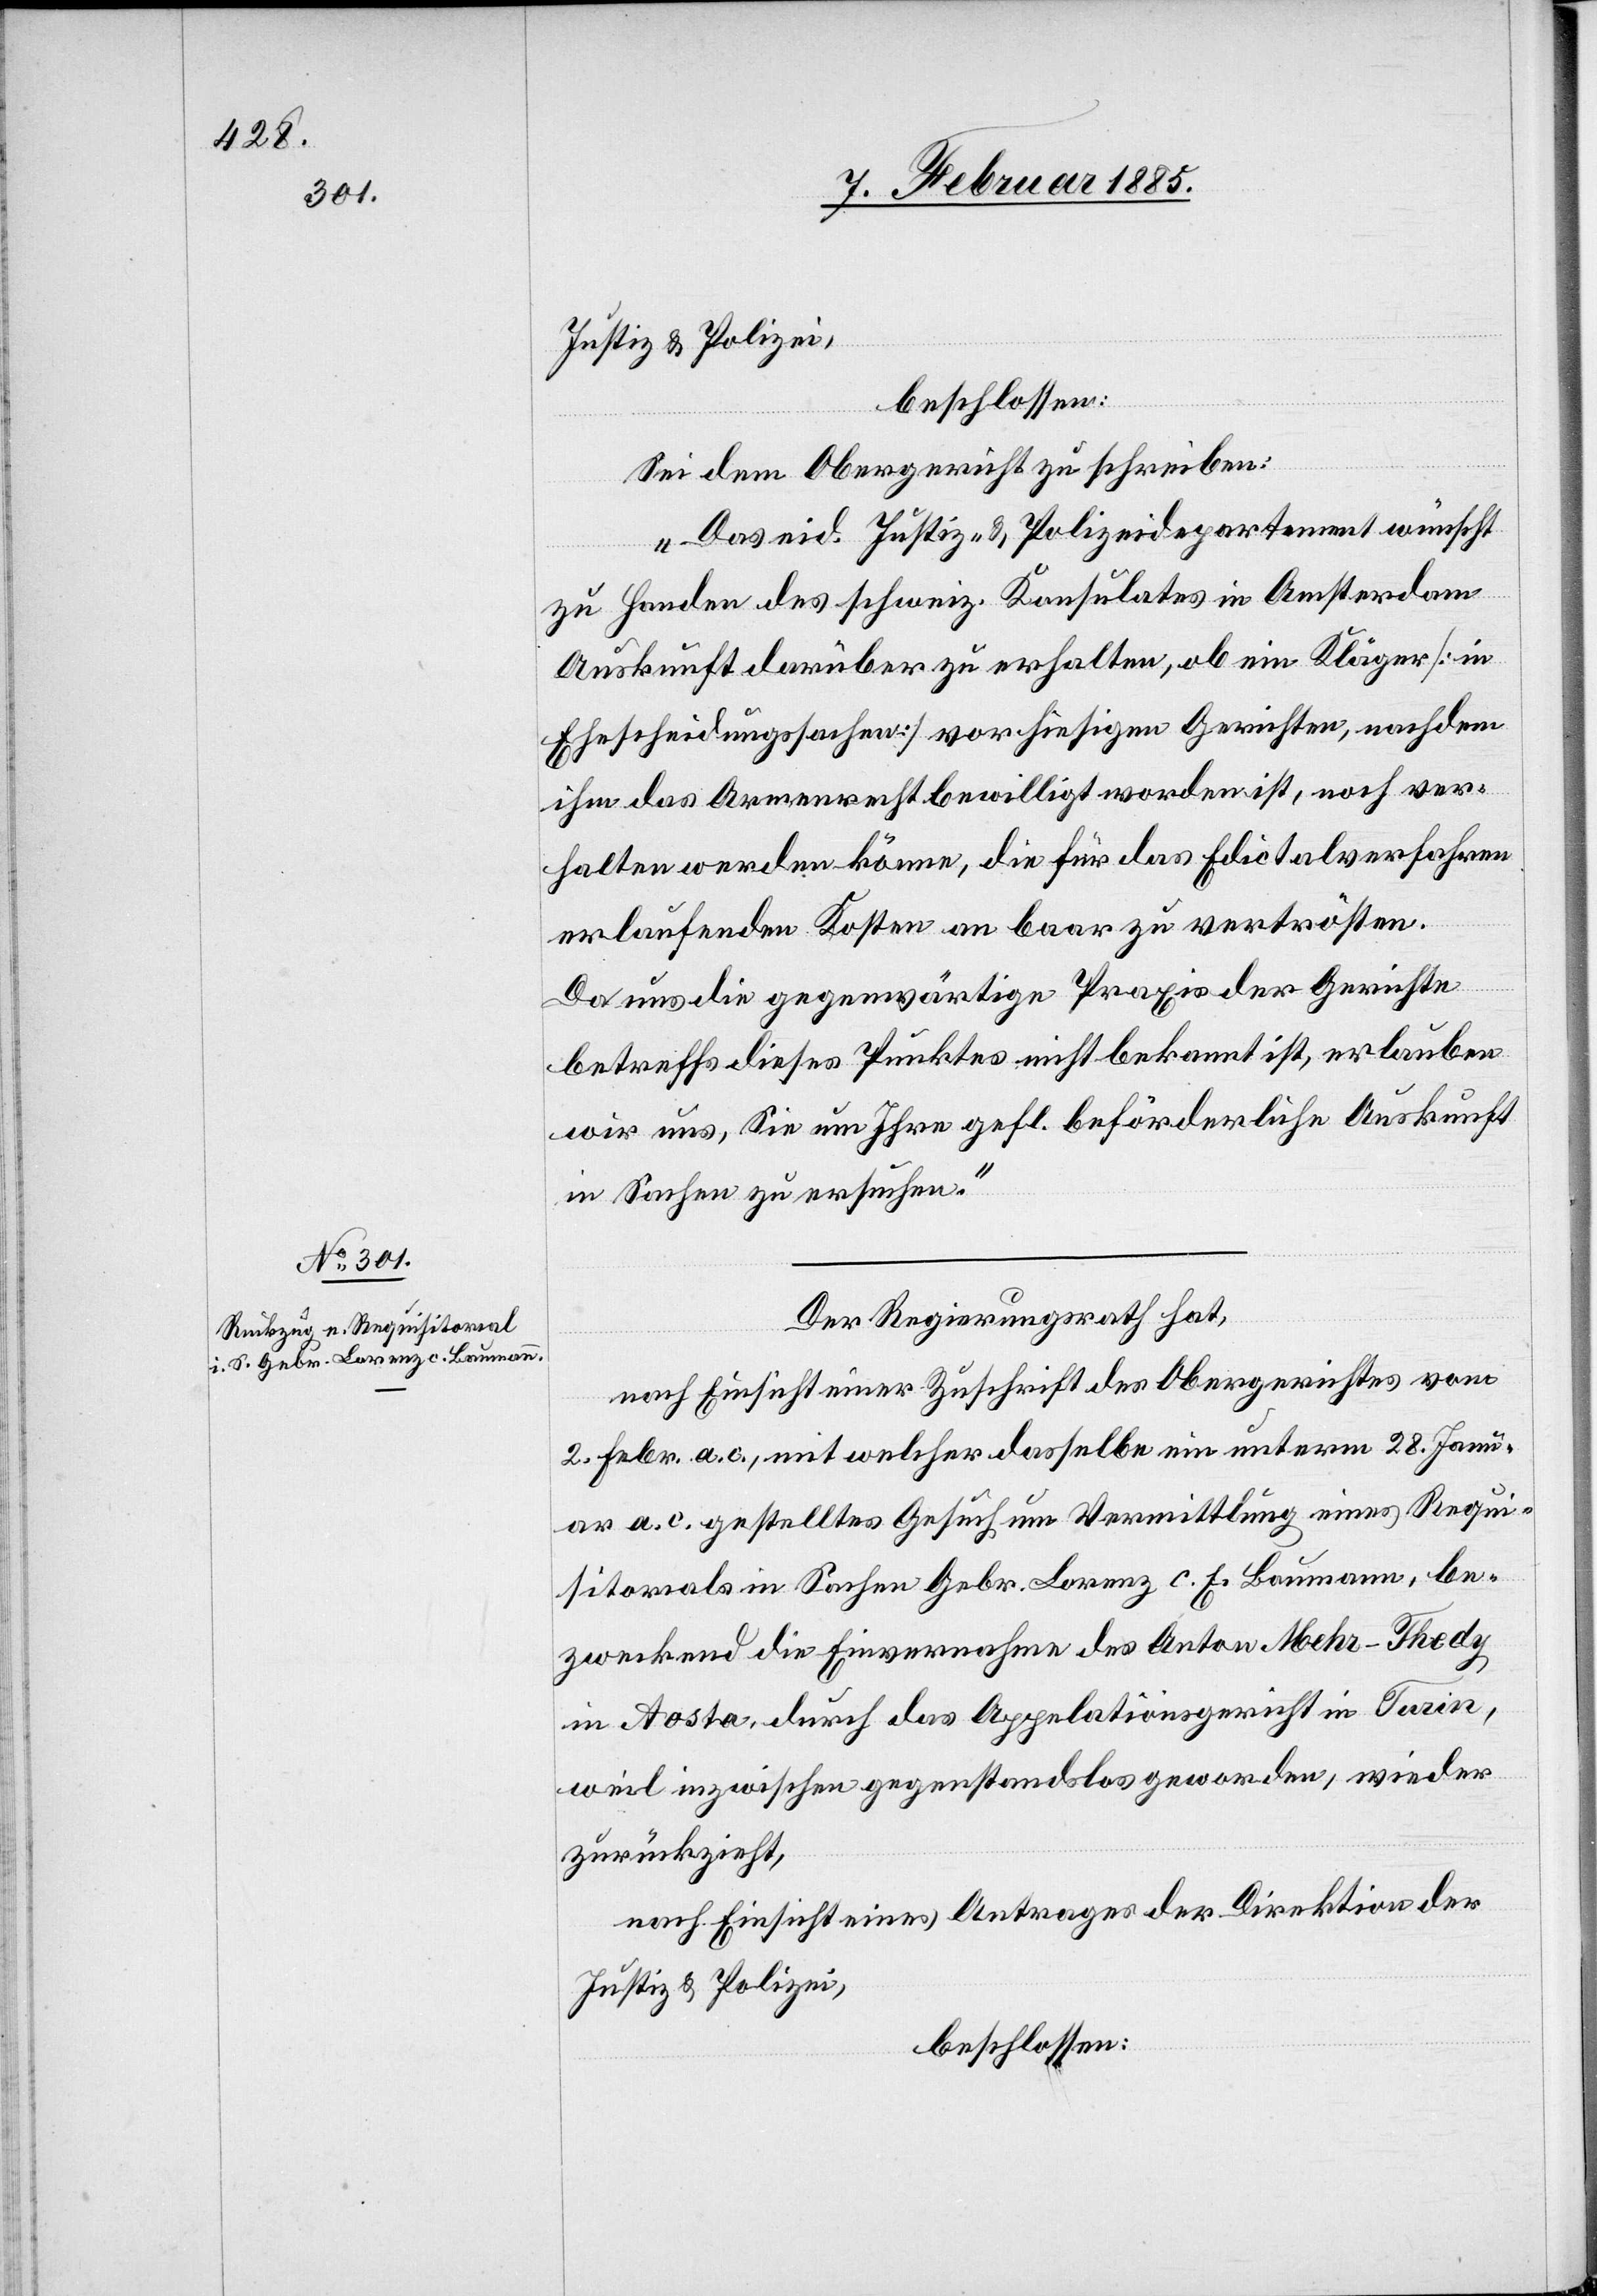
9. Februar 1885.]
Justiz & Polizei,
beschlossen:
Sei dem Obergericht zu schreiben:
„Das eid. Justiz- & Polizeidepartement wünscht
zu Handen des schweiz. Konsulates in Amsterdam
Auskunft darüber zu erhalten, ob ein Kläger [in
Ehescheidungssachen] vor hiesigen Gerichten, nachdem
ihm das Armenrecht bewilligt worden ist, noch ver¬
halten werden könne, die für das Edictalverfahren
erlaufenden Kosten an baar zu vertrösten.
Da uns die gegenwärtige Praxis der Gerichte
betreffs dieses Punktes nicht bekannt ist, erlauben
wir uns, Sie um Ihre gefl. beförderliche Auskunft
in Sachen zu ersuchen.“
Der Regierungsrath hat,
nach Einsicht einer Zuschrift des Obergerichtes vom
2. Febr. a. c., mit welcher dasselbe ein unterm 28. Janu¬
ar a. c. gestelltes Gesuch um Vermittlung eines Requi¬
sitorials in Sachen Gebr. Lorenz c. E. Baumann, be¬
zweckend die Einvernahme des Anton Mehr-Thedy
in Aosta, durch das Appelationsgericht in Turin,
viel inzwischen gegenstandslos geworden, wieder
zurückzieht,
nach Einsicht eines Antrages der Direktion der
Justiz & Polizei,
beschlossen: